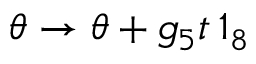
\boldsymbol { \theta } \rightarrow \boldsymbol { \theta } + g _ { 5 } t \, \boldsymbol { 1 } _ { 8 }